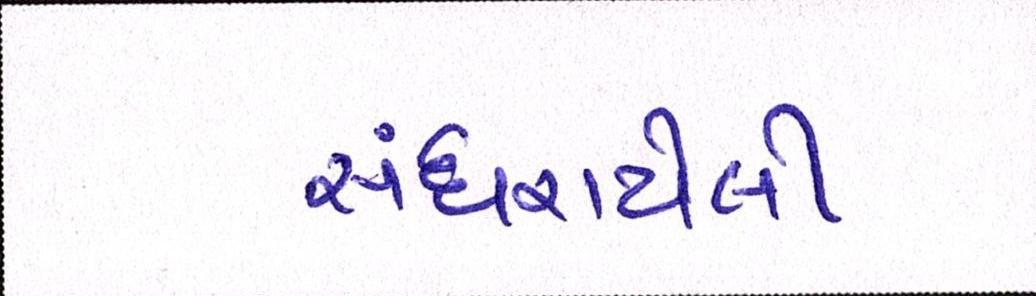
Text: સંઘરાયેલી